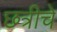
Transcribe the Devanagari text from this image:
छत्रीचे